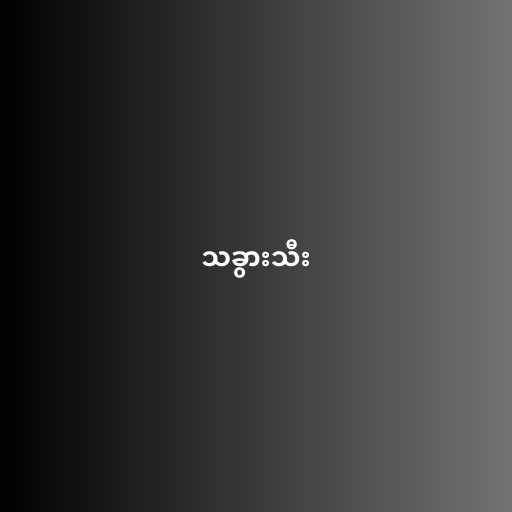
သခွားသီး